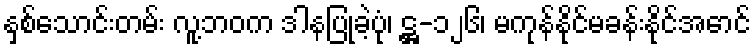
နှစ်သောင်းတမ်း လူ့ဘဝက ဒါနပြုခဲ့ပုံ၊ ဋ္ဌ-၁၂၆၊ မကုန်နိုင်မခန်းနိုင်အောင်